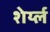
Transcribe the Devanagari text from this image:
शेर्य्ल